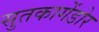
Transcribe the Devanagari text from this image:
सुतकागेंडोर